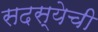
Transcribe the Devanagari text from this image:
सदस्येची